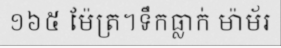
១៦៥ ម៉ែត្រ។ទឹកធ្លាក់ ម៉ាម័រ